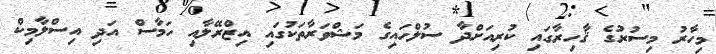
މިހާރު މިސުރުގެ ޤާހިރާގައި ކުރިއަށްދާ ސުލްހައިގެ މަޝްވަރާތަކުގައި އިޒްރޭލާއި ހަމާސް އަދި އިސްލާމިކް